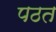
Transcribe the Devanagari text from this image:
पठत